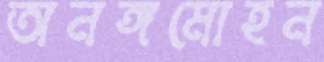
অনঙ্গমোহন